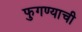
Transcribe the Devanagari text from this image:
फुगण्याची